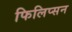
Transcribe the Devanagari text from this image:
फिलिप्सन